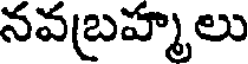
నవబ్రహ్మలు